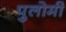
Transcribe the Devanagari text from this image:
पुलोमी